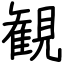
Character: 観